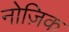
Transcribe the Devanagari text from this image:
नोज़िक